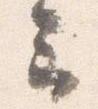
云